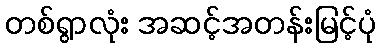
တစ်ရွာလုံး အဆင့်အတန်းမြင့်ပုံ